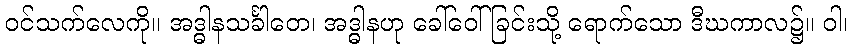
ဝင်သက်လေကို။ အဒ္ဓါနသင်္ခါတေ၊ အဒ္ဓါနဟု ခေါ်ဝေါ်ခြင်းသို့ ရောက်သော ဒီဃကာလ၌။ ဝါ၊